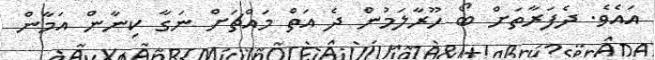
އައެވެ. ދެފަރާތަށް ބޯ ހޫރާލަމުން ދެ އަތް މައްޗަށް ނަގާ ކިނާން އަމާން